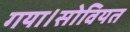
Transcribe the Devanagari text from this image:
गया।सोवियत